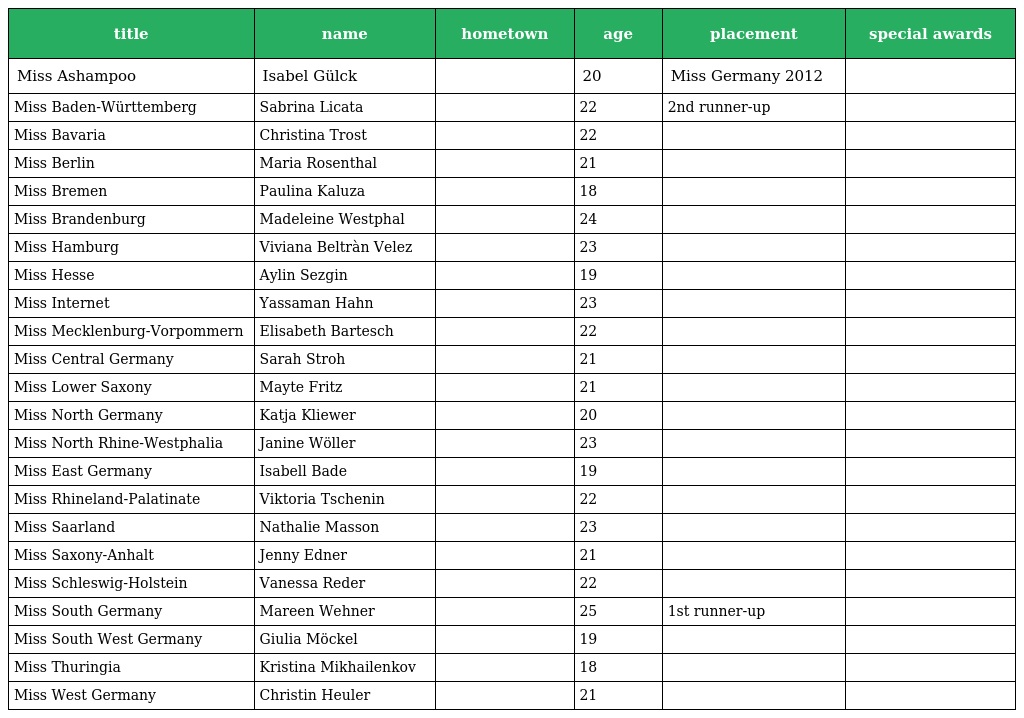
| title | name | hometown | age | placement | special awards |
 | --- | --- | --- | --- | --- | --- |
 | Miss Ashampoo | Isabel Gülck |  | 20 | Miss Germany 2012 |  |
 | Miss Baden-Württemberg | Sabrina Licata |  | 22 | 2nd runner-up |  |
 | Miss Bavaria | Christina Trost |  | 22 |  |  |
 | Miss Berlin | Maria Rosenthal |  | 21 |  |  |
 | Miss Bremen | Paulina Kaluza |  | 18 |  |  |
 | Miss Brandenburg | Madeleine Westphal |  | 24 |  |  |
 | Miss Hamburg | Viviana Beltràn Velez |  | 23 |  |  |
 | Miss Hesse | Aylin Sezgin |  | 19 |  |  |
 | Miss Internet | Yassaman Hahn |  | 23 |  |  |
 | Miss Mecklenburg-Vorpommern | Elisabeth Bartesch |  | 22 |  |  |
 | Miss Central Germany | Sarah Stroh |  | 21 |  |  |
 | Miss Lower Saxony | Mayte Fritz |  | 21 |  |  |
 | Miss North Germany | Katja Kliewer |  | 20 |  |  |
 | Miss North Rhine-Westphalia | Janine Wöller |  | 23 |  |  |
 | Miss East Germany | Isabell Bade |  | 19 |  |  |
 | Miss Rhineland-Palatinate | Viktoria Tschenin |  | 22 |  |  |
 | Miss Saarland | Nathalie Masson |  | 23 |  |  |
 | Miss Saxony-Anhalt | Jenny Edner |  | 21 |  |  |
 | Miss Schleswig-Holstein | Vanessa Reder |  | 22 |  |  |
 | Miss South Germany | Mareen Wehner |  | 25 | 1st runner-up |  |
 | Miss South West Germany | Giulia Möckel |  | 19 |  |  |
 | Miss Thuringia | Kristina Mikhailenkov |  | 18 |  |  |
 | Miss West Germany | Christin Heuler |  | 21 |  |  |